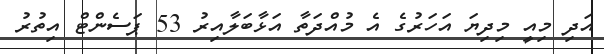
އަދި މިއީ މިދިޔަ އަހަރުގެ އެ މުއްދަތާ އަޅާބަލާއިރު 53 ޕަސެންޓް އިތުރު